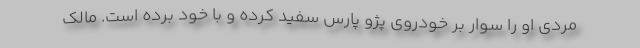
مردی او را سوار بر خودروی پژو پارس سفید کرده و با خود برده است. مالک